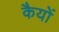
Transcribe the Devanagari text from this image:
कैयों